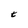
Character: t